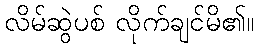
လိမ်ဆွဲပစ် လိုက်ချင်မိ၏။